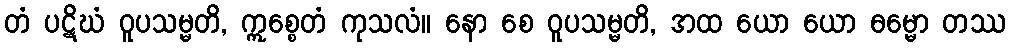
တံ ပဋိဃံ ဝူပသမ္မတိ, ဣစ္စေတံ ကုသလံ။ နော စေ ဝူပသမ္မတိ, အထ ယော ယော ဓမ္မော တဿ